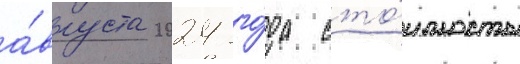
а́вгуста 2024 го́да сто́имость